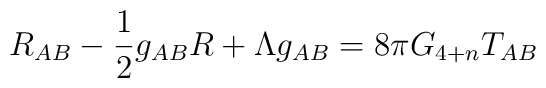
R_{AB}-\frac{1}{2}g_{AB}R+\Lambda g_{AB}=8\pi G_{4+n}T_{AB}